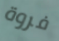
فروة